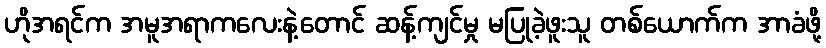
ဟိုအရင်က အမူအရာကလေးနဲ့တောင် ဆန့်ကျင်မှု မပြုခဲ့ဖူးသူ တစ်ယောက်က အာခံဖို့